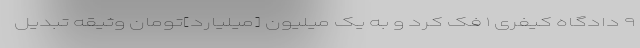
۹ دادگاه کیفری ۱ فک کرد و به یک میلیون [میلیارد]تومان وثیقه تبدیل